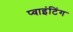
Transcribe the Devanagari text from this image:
प्वाइंटिंग